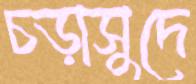
চড়াসুদে